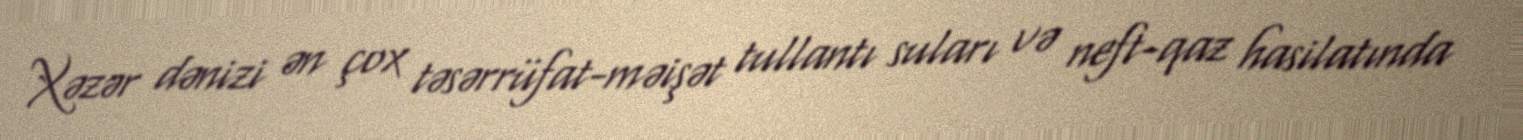
Xəzər dənizi ən çox təsərrüfat-məişət tullantı suları və neft-qaz hasilatında